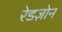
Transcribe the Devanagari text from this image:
रेडज़ोन